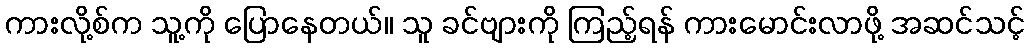
ကားလို့စ်က သူ့ကို ပြောနေတယ်။ သူ ခင်ဗျားကို ကြည့်ရန် ကားမောင်းလာဖို့ အဆင်သင့်